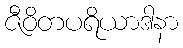
ဇီဝိတပရိယာဒါနာ